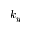
k _ { y }